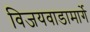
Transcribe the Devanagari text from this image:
विजयवाडामार्गे